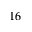
1 6